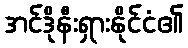
အင်ဒိုနီးရှားနိုင်ငံ၏